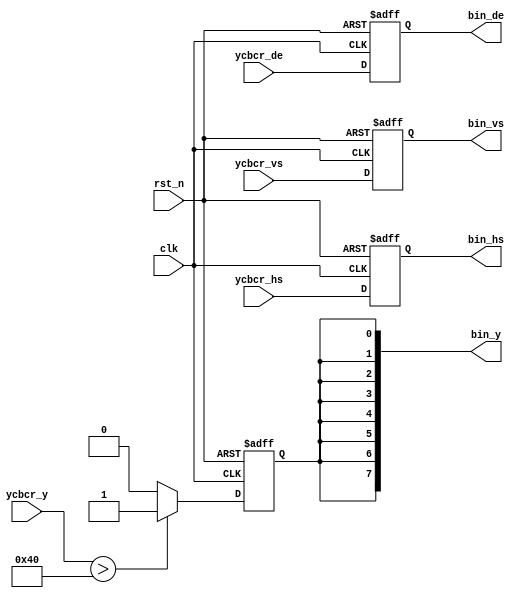
// *********************************************************************************
// : proc_binarization.v   
// : 
// : 2021.3.24
// : 17hhliang3@stu.edu.cn
// --------------------------------------------------------------------------------- 
// : proc_binarization
// : V0.0
// --------------------------------------------------------------------------------- 
// : 1)--
//            2)
//             3): 64
// --------------------------------------------------------------------------------- 
// :     
//    
// ---------------------------------------------------------------------------------
// : 	 
//
// ---------------------------------------------------------------------------------
// *********************************************************************************


// ---------------------------------------------------------------------------------
//  Include File
// --------------------------------------------------------------------------------- 

// ---------------------------------------------------------------------------------
//  Simulation Timescale
// ---------------------------------------------------------------------------------

// ---------------------------------------------------------------------------------
//  Constant Parameters
// ---------------------------------------------------------------------------------

// ---------------------------------------------------------------------------------
//  Module Define
// --------------------------------------------------------------------------------- 
module proc_binarization
#(
    // prameter passing
    parameter   GRAY_THRESHOLD = 8'd64          //
)
(
    // clock & reset
    input               clk,                    //
	input 			    rst_n,  		        //, 

    // input signal
    // 
    input               ycbcr_vs,               //vsync
    input               ycbcr_hs,               //hsync
    input               ycbcr_de,               //data enable
    input      [ 7 : 0] ycbcr_y,                //
    
    // output signal
    //
    output              bin_vs,                 //vsync
    output              bin_hs,                 //hsync
    output              bin_de,                 //data enable
    output     [ 7 : 0] bin_y                   //
);

// ---------------------------------------------------------------------------------
//  Local Constant Parameters
// ---------------------------------------------------------------------------------
    

// ---------------------------------------------------------------------------------
//  Module_Variables
// --------------------------------------------------------------------------------- 
    reg                 monoc;                  //monochrome , (1=, 0=)
    reg                 ycbcr_vs_d;             //
    reg                 ycbcr_hs_d;
    reg                 ycbcr_de_d;

// ---------------------------------------------------------------------------------
//  Continuous Assignments
// --------------------------------------------------------------------------------- 
    // 
    assign  bin_y = {8{monoc}};
    
    // 
    assign  bin_vs = ycbcr_vs_d;
    assign  bin_hs = ycbcr_hs_d;
    assign  bin_de = ycbcr_de_d;
    
// ---------------------------------------------------------------------------------
//  Clocked Assignments
// ---------------------------------------------------------------------------------
    // 
    always @(posedge clk or negedge rst_n)
    begin
        if(!rst_n)
        begin
            monoc <= 1'b0;
        end
        else if(ycbcr_y > GRAY_THRESHOLD)
        begin
            monoc <= 1'b1;          //, 
        end
        else
        begin
            monoc <= 1'b0;          //, 
        end
    end
    
    // , 
    always @(posedge clk or negedge rst_n)
    begin
        if(!rst_n)
        begin
            ycbcr_vs_d <= 1'b0;
            ycbcr_hs_d <= 1'b0;
            ycbcr_de_d <= 1'b0;
        end
        else
        begin
            ycbcr_vs_d <= ycbcr_vs;
            ycbcr_hs_d <= ycbcr_hs;
            ycbcr_de_d <= ycbcr_de;
        end
    end

// ---------------------------------------------------------------------------------
//  Moudle Instantiate
// ---------------------------------------------------------------------------------


// ---------------------------------------------------------------------------------
//  Called Tasks
// ---------------------------------------------------------------------------------
    
	
// ---------------------------------------------------------------------------------
//  Called Functions
// ---------------------------------------------------------------------------------

    
endmodule